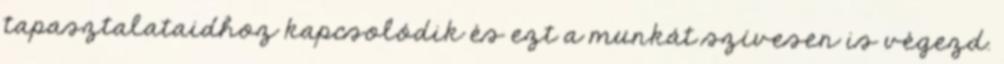
tapasztalataidhoz kapcsolódik és ezt a munkát szívesen is végezd.